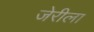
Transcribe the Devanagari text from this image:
जेरीला